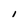
Character: I